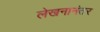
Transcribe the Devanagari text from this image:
लेखनानंतर